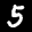
Label: 5